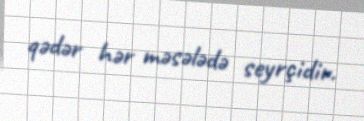
qədər hər məsələdə seyrçidir.